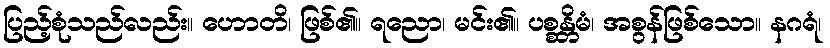
ပြည့်စုံသည်လည်း။ ဟောတိ၊ ဖြစ်၏။ ရညော၊ မင်း၏။ ပစ္စန္တိမံ၊ အစွန်ဖြစ်သော။ နဂရံ၊